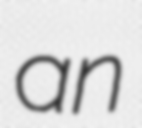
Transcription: an